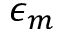
\epsilon _ { m }